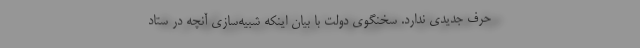
حرف جدیدی ندارد. سخنگوی دولت با بیان اینکه شبیه‌سازی آنچه در ستاد